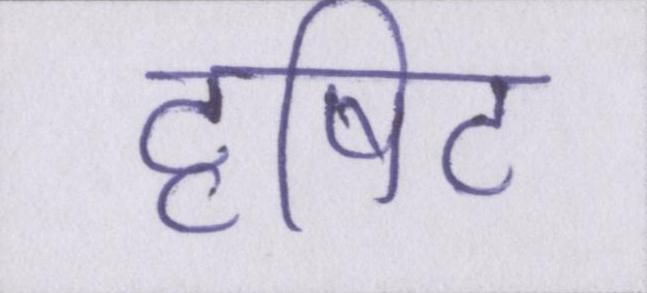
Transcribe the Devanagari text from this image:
दृषिट